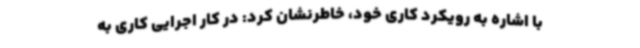
با اشاره به رویکرد کاری خود، خاطرنشان کرد: در کار اجرایی کاری به